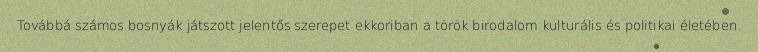
Továbbá számos bosnyák játszott jelentős szerepet ekkoriban a török birodalom kulturális és politikai életében.